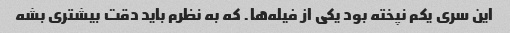
این سری یکم نپخته بود یکی از فیله‌ها. که به نظرم باید دقت بیشتری بشه